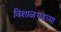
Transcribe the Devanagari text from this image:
विशाळगडच्या